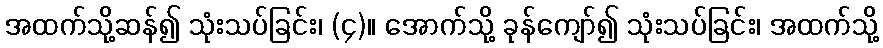
အထက်သို့ဆန်၍ သုံးသပ်ခြင်း၊ (၄)။ အောက်သို့ ခုန်ကျော်၍ သုံးသပ်ခြင်း၊ အထက်သို့